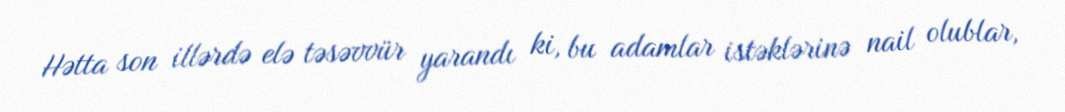
Hətta son illərdə elə təsəvvür yarandı ki, bu adamlar istəklərinə nail olublar,